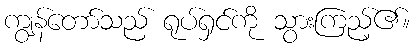
ကျွန်တော်သည် ရုပ်ရှင်ကို သွားကြည့်၏။